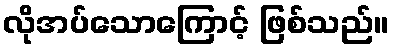
လိုအပ်သောကြောင့် ဖြစ်သည်။